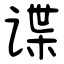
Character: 谍